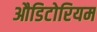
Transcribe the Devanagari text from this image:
औडिटोरियम